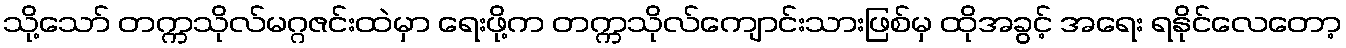
သို့သော် တက္ကသိုလ်မဂ္ဂဇင်းထဲမှာ ရေးဖို့က တက္ကသိုလ်ကျောင်းသားဖြစ်မှ ထိုအခွင့် အရေး ရနိုင်လေတော့